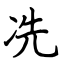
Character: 冼